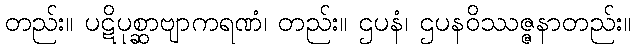
တည်း။ ပဋိပုစ္ဆာဗျာကရဏံ၊ တည်း။ ဌပနံ၊ ဌပနဝိဿဇ္ဇနာတည်း။